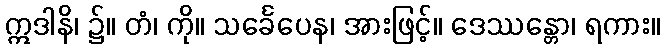
ဣဒါနိ၊ ၌။ တံ၊ ကို။ သင်္ခေပေန၊ အားဖြင့်။ ဒေဿန္တော၊ ရကား။